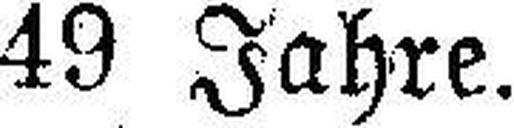
49 Jahre.